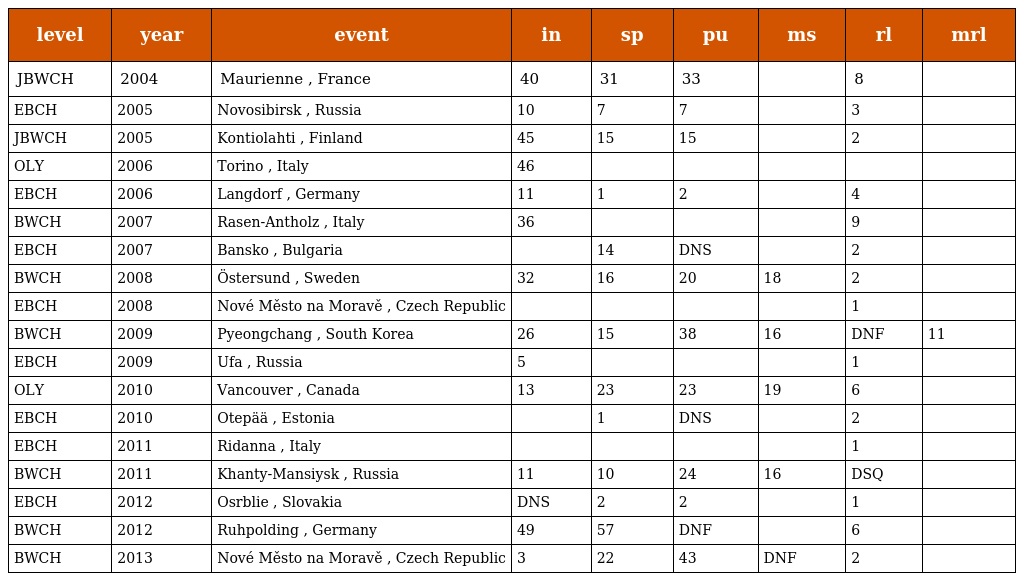
| level | year | event | in | sp | pu | ms | rl | mrl |
 | --- | --- | --- | --- | --- | --- | --- | --- | --- |
 | JBWCH | 2004 | Maurienne , France | 40 | 31 | 33 |  | 8 |  |
 | EBCH | 2005 | Novosibirsk , Russia | 10 | 7 | 7 |  | 3 |  |
 | JBWCH | 2005 | Kontiolahti , Finland | 45 | 15 | 15 |  | 2 |  |
 | OLY | 2006 | Torino , Italy | 46 |  |  |  |  |  |
 | EBCH | 2006 | Langdorf , Germany | 11 | 1 | 2 |  | 4 |  |
 | BWCH | 2007 | Rasen-Antholz , Italy | 36 |  |  |  | 9 |  |
 | EBCH | 2007 | Bansko , Bulgaria |  | 14 | DNS |  | 2 |  |
 | BWCH | 2008 | Östersund , Sweden | 32 | 16 | 20 | 18 | 2 |  |
 | EBCH | 2008 | Nové Město na Moravě , Czech Republic |  |  |  |  | 1 |  |
 | BWCH | 2009 | Pyeongchang , South Korea | 26 | 15 | 38 | 16 | DNF | 11 |
 | EBCH | 2009 | Ufa , Russia | 5 |  |  |  | 1 |  |
 | OLY | 2010 | Vancouver , Canada | 13 | 23 | 23 | 19 | 6 |  |
 | EBCH | 2010 | Otepää , Estonia |  | 1 | DNS |  | 2 |  |
 | EBCH | 2011 | Ridanna , Italy |  |  |  |  | 1 |  |
 | BWCH | 2011 | Khanty-Mansiysk , Russia | 11 | 10 | 24 | 16 | DSQ |  |
 | EBCH | 2012 | Osrblie , Slovakia | DNS | 2 | 2 |  | 1 |  |
 | BWCH | 2012 | Ruhpolding , Germany | 49 | 57 | DNF |  | 6 |  |
 | BWCH | 2013 | Nové Město na Moravě , Czech Republic | 3 | 22 | 43 | DNF | 2 |  |